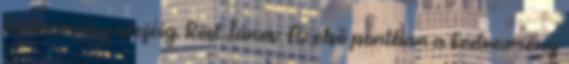
kedvezmény idejéig. Röst János: Az első pontban a kedvezmény